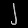
Digit: ၂